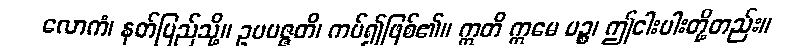
လောကံ၊ နတ်ပြည်သို့။ ဥပပဇ္ဇတိ၊ ကပ်၍ဖြစ်၏။ ဣတိ ဣမေ ပဉ္စ၊ ဤငါးပါးတို့တည်း။